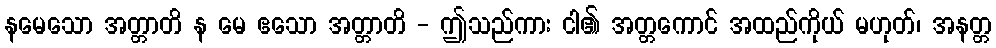
နမေသော အတ္တာတိ န မေ ဧသော အတ္တာတိ - ဤသည်ကား ငါ၏ အတ္တကောင် အထည်ကိုယ် မဟုတ်၊ အနတ္တ